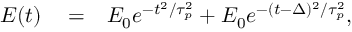
\begin{array} { r l r } { E ( t ) } & { { } = } & { E _ { 0 } e ^ { - t ^ { 2 } / \tau _ { p } ^ { 2 } } + E _ { 0 } e ^ { - ( t - \Delta ) ^ { 2 } / \tau _ { p } ^ { 2 } } , } \end{array}